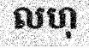
លហុ